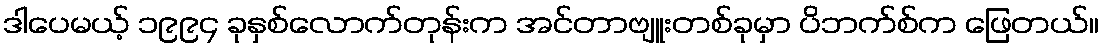
ဒါပေမယ့် ၁၉၉၄ ခုနှစ်လောက်တုန်းက အင်တာဗျူးတစ်ခုမှာ ပိဘက်စ်က ဖြေတယ်။